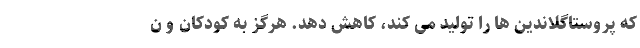
که پروستاگلاندین ها را تولید می کند، کاهش دهد. هرگز به کودکان و ن